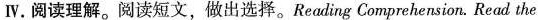
IV.阅读理解。阅读短文，做出选择。Reading Comprehension.Read the